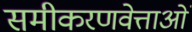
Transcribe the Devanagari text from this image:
समीकरणवेत्ताओं